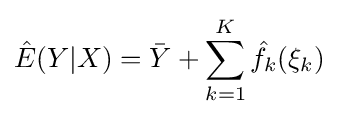
{\hat {E}}(Y|X)={\bar {Y}}+\sum _{k=1}^{K}{\hat {f_{k}}}(\xi _{k})